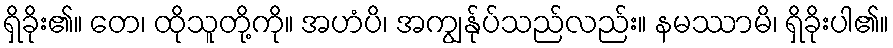
ရှိခိုး၏။ တေ၊ ထိုသူတို့ကို။ အဟံပိ၊ အကျွန်ုပ်သည်လည်း။ နမဿာမိ၊ ရှိခိုးပါ၏။